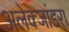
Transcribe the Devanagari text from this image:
अलेक्जांडरा